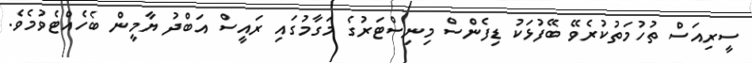
ސީރިއަސް ތުހުމަތުކުރެވޭ ބޭފުޅަކު ޑިފެންސް މިނިސްޓަރުގެ މަގާމުގައި ރައީސް އަބްދު ޔާމީން ބެހެއްޓެވުމެވެ.